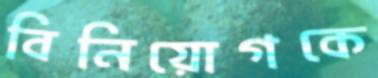
বিনিয়োগকে